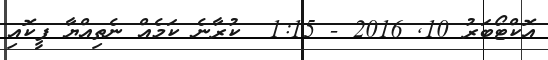
އޮކްޓޯބަރު 10